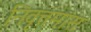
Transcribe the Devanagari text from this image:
निवृत्तमांस